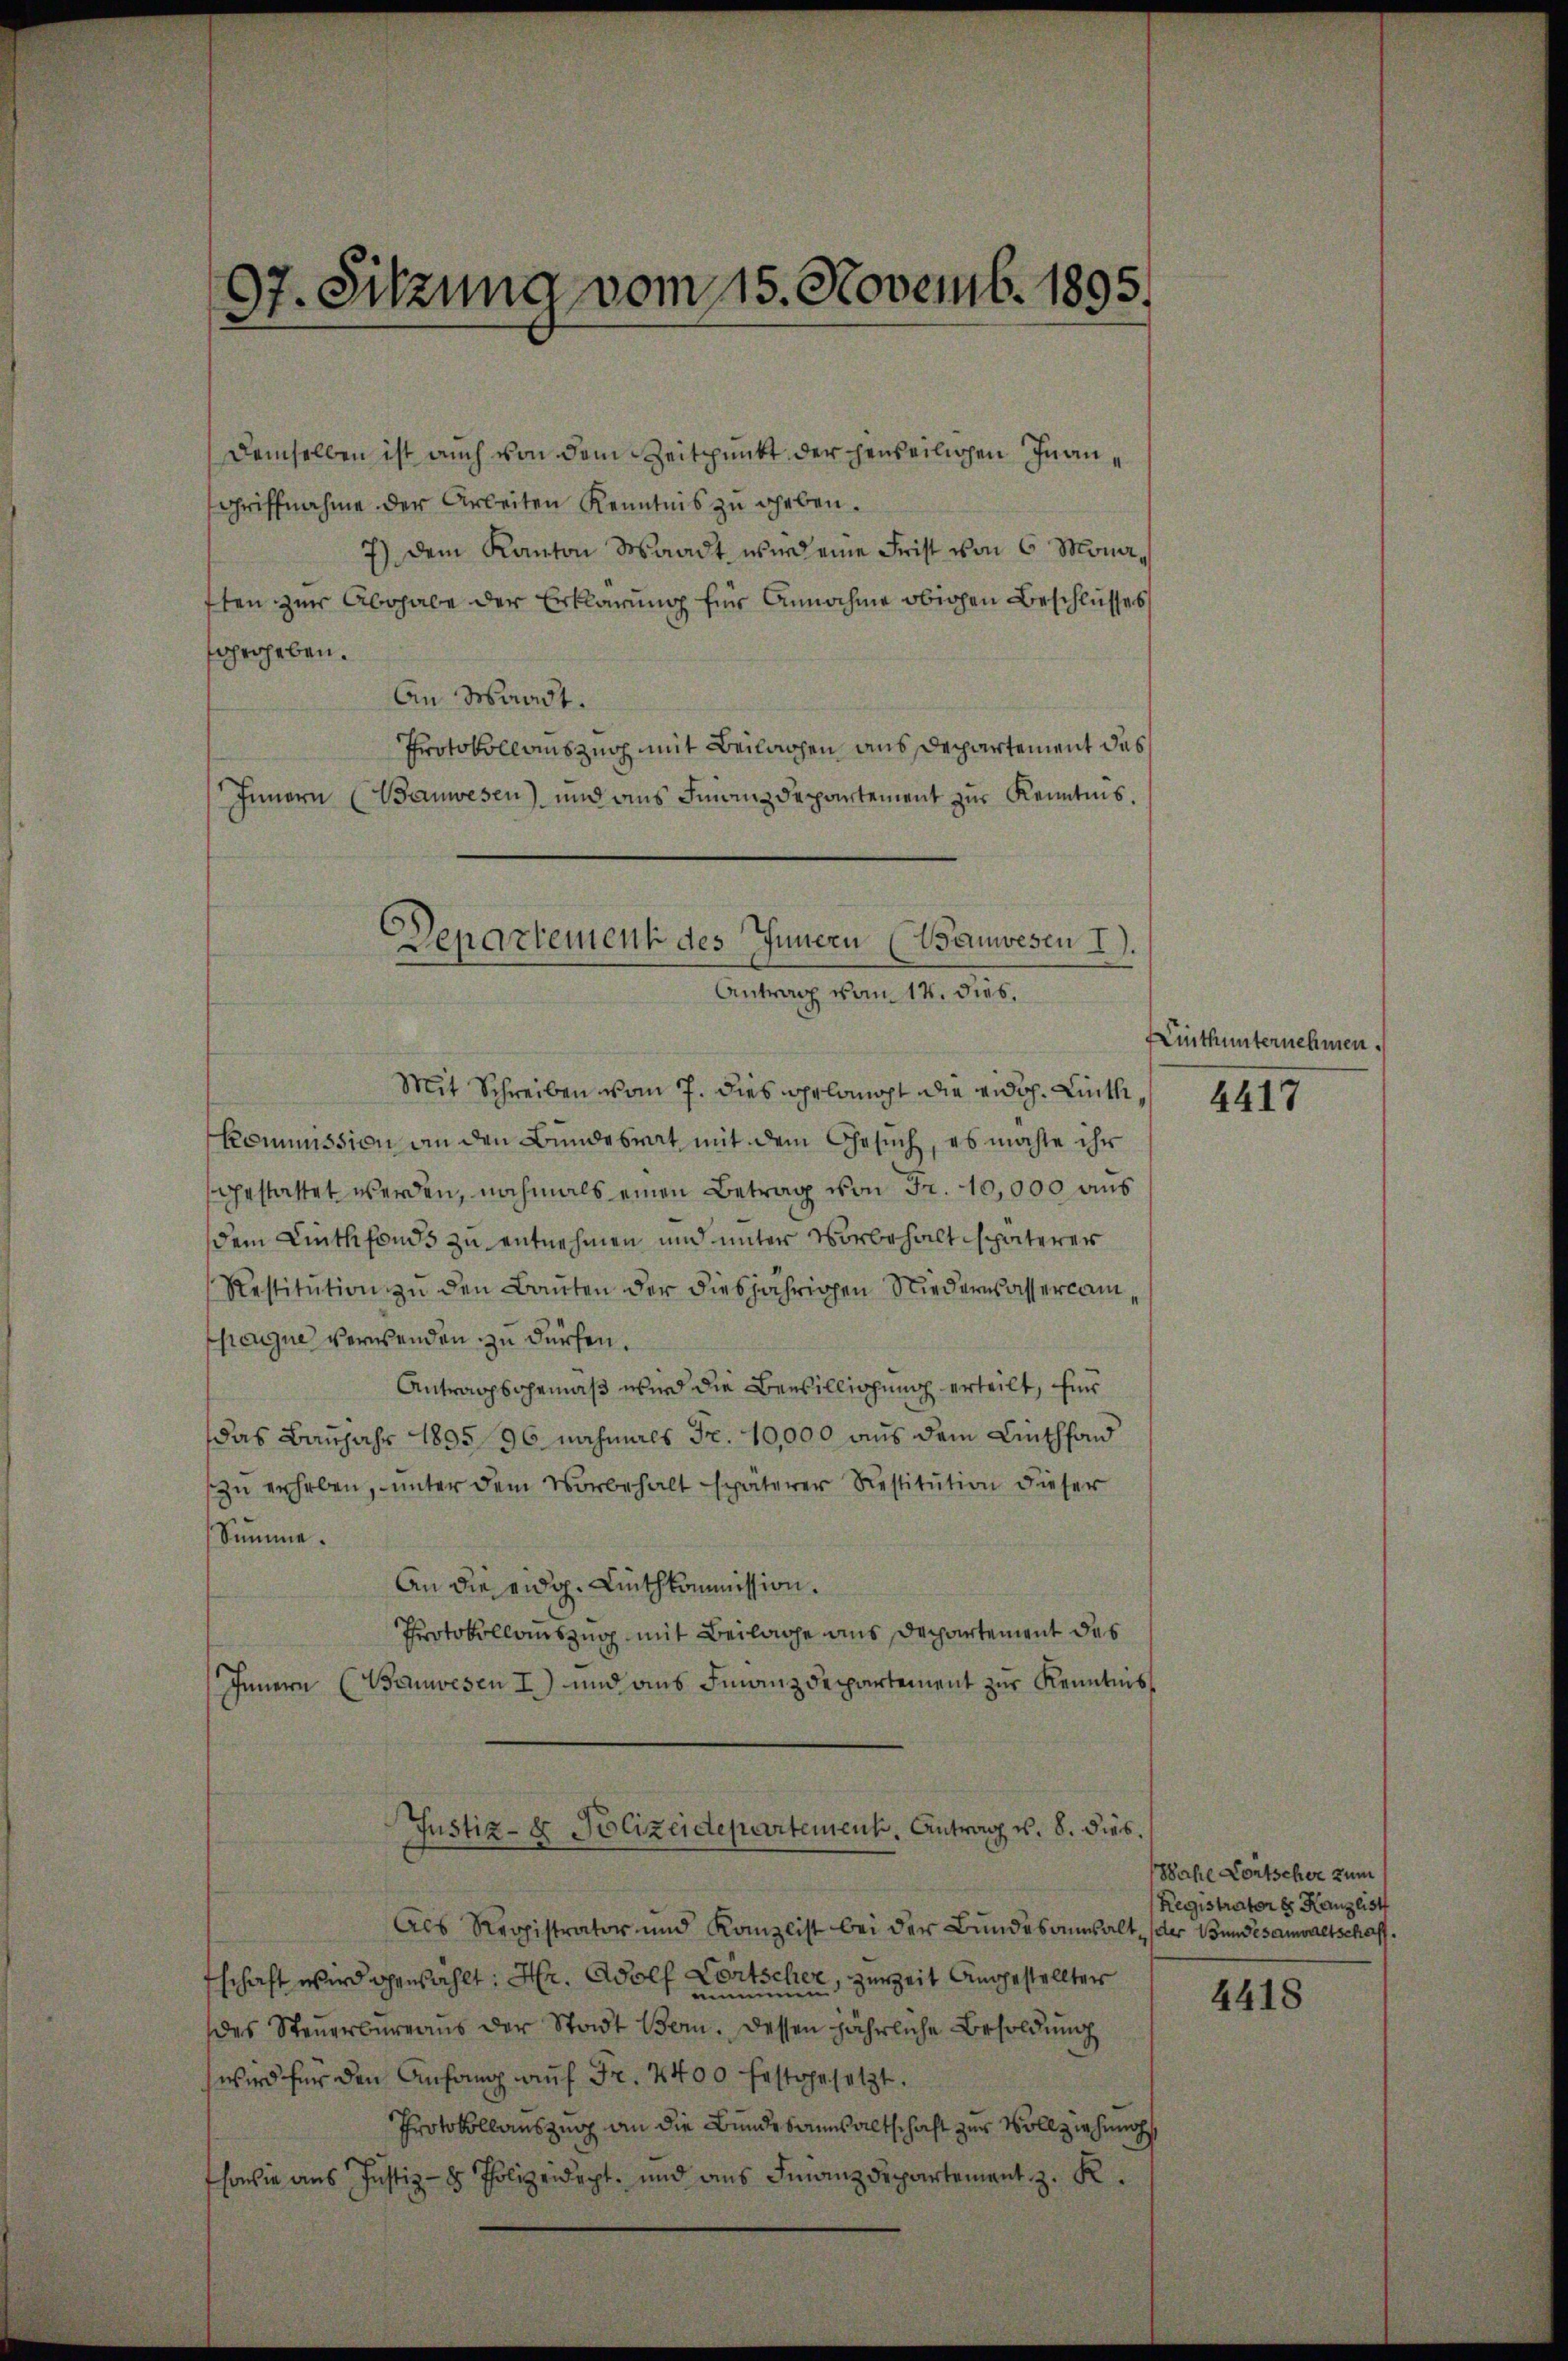
7. Sitzung vom 15. Novemb. 1895.
2

Demselben ist auch von dem Zeitpunkt der penseilichen Inan¬
Griffnahme der Arbeiten Kenntnis zu geben.
7) Dem Kanton Waadt wird eine Frist von 6 Monaften zur Abgabe der Erklärung für Annahme obigen Beschlusses
gerheben.
An Waadt.
Protokollauszug mit Beilagen aus Departement das
Innern (Banwesen) und aus Finanzdepartement zur Kenntnis.

Departement des Innern (Wanwesen I.
Antrag vom 14. dies,

Mit Schreiben vom 7. dies gelangt die eidg. Linth¬
Kommission an den Bundesrat mit dem Gesuch, es möchte ihr
gestattet werden, nochmals einen Betrag von Fr. 10,000 aus
dem Linth fonds zu entnehmen und unter Vorbehalt späterer
Restitŭtion zŭ den Bauten der diesjährigen Niederwassercompaugue verwenden zu dürfen.
Antragsgemäß wird die Bewilligung erteilt, für
das Baujahr 189596 nochmals Fr. 10,000 aus dem Linthfand
zu erheben, unter dem Vorbehalt späterer Restitution dieser
Summe.
An die eidg. Linthkommission.
Protokollauszug mit Beilage aus Departement des
Innern (Bauwesen I) und aus Finanzdepartement zur Kenntnis
Justiz- & Polizeidepartement, Antrag v. 8. dies.
Als Registrator und Kanzlist bei der Bundesanwalt der Bundesanwaltschaffschaft wird gewählt: Hr. Adolf Fortscher, zurZeit Angestellter
des Steuerbureaus der Stadt Bern. Dessen jährliche Besoldung
wird für den Anfang auf Fr. 2400 festgesetzt.
Protokollauszug an die Bundesausaltschaft zur Vollziehung
sowie aus Justiz- & Polizeidept, und aus Finanzdepartement z. K.

Linthunternehmen.

4417

Wahl Contscher zum
Registrator er Kanzlist

4418